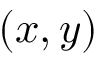
( x , y )